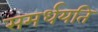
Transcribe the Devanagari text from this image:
समर्धयति